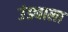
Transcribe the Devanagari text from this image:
उंड्याला